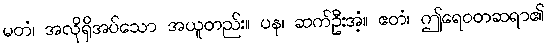
မတံ၊ အလိုရှိအပ်သော အယူတည်း။ ပန၊ ဆက်ဦးအံ့။ ဧတံ၊ ဤရေဝတဆရာ၏